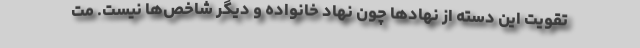
تقویت این دسته از نهادها چون نهاد خانواده و دیگر شاخص‌ها نیست. مت